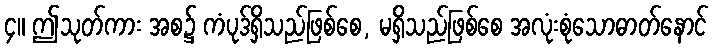
၄။ ဤသုတ်ကား အစ၌ ကံပုဒ်ရှိသည်ဖြစ်စေ, မရှိသည်ဖြစ်စေ အလုံးစုံသောဓာတ်နောင်